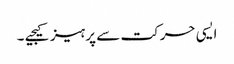
ایسی حرکت سے پرہیز کیجیے ۔